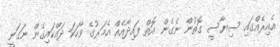
އެއިރެއްގައި ސިޔާސީ ގޮތުން ނެގެން އޮތް ފައިދާއެއް އެމަރުގެ ވާހަކަ ދައްކައިގެން ނަގަނީ